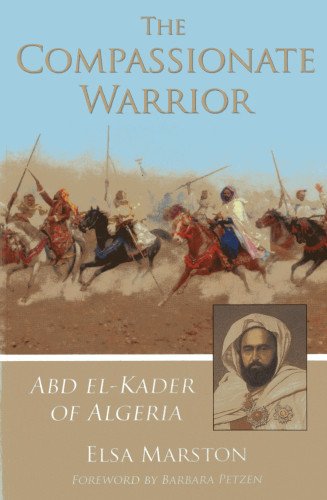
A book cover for The Compassionate Warrior: Abd el-Kader of Algeria; Elsa Marston; Teen & Young Adult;